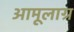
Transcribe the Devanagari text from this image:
अामूलाग्र